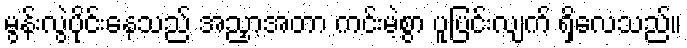
မွန်းလွဲပိုင်းနေသည် အညှာအတာ ကင်းမဲ့စွာ ပူပြင်းလျက် ရှိလေသည်။